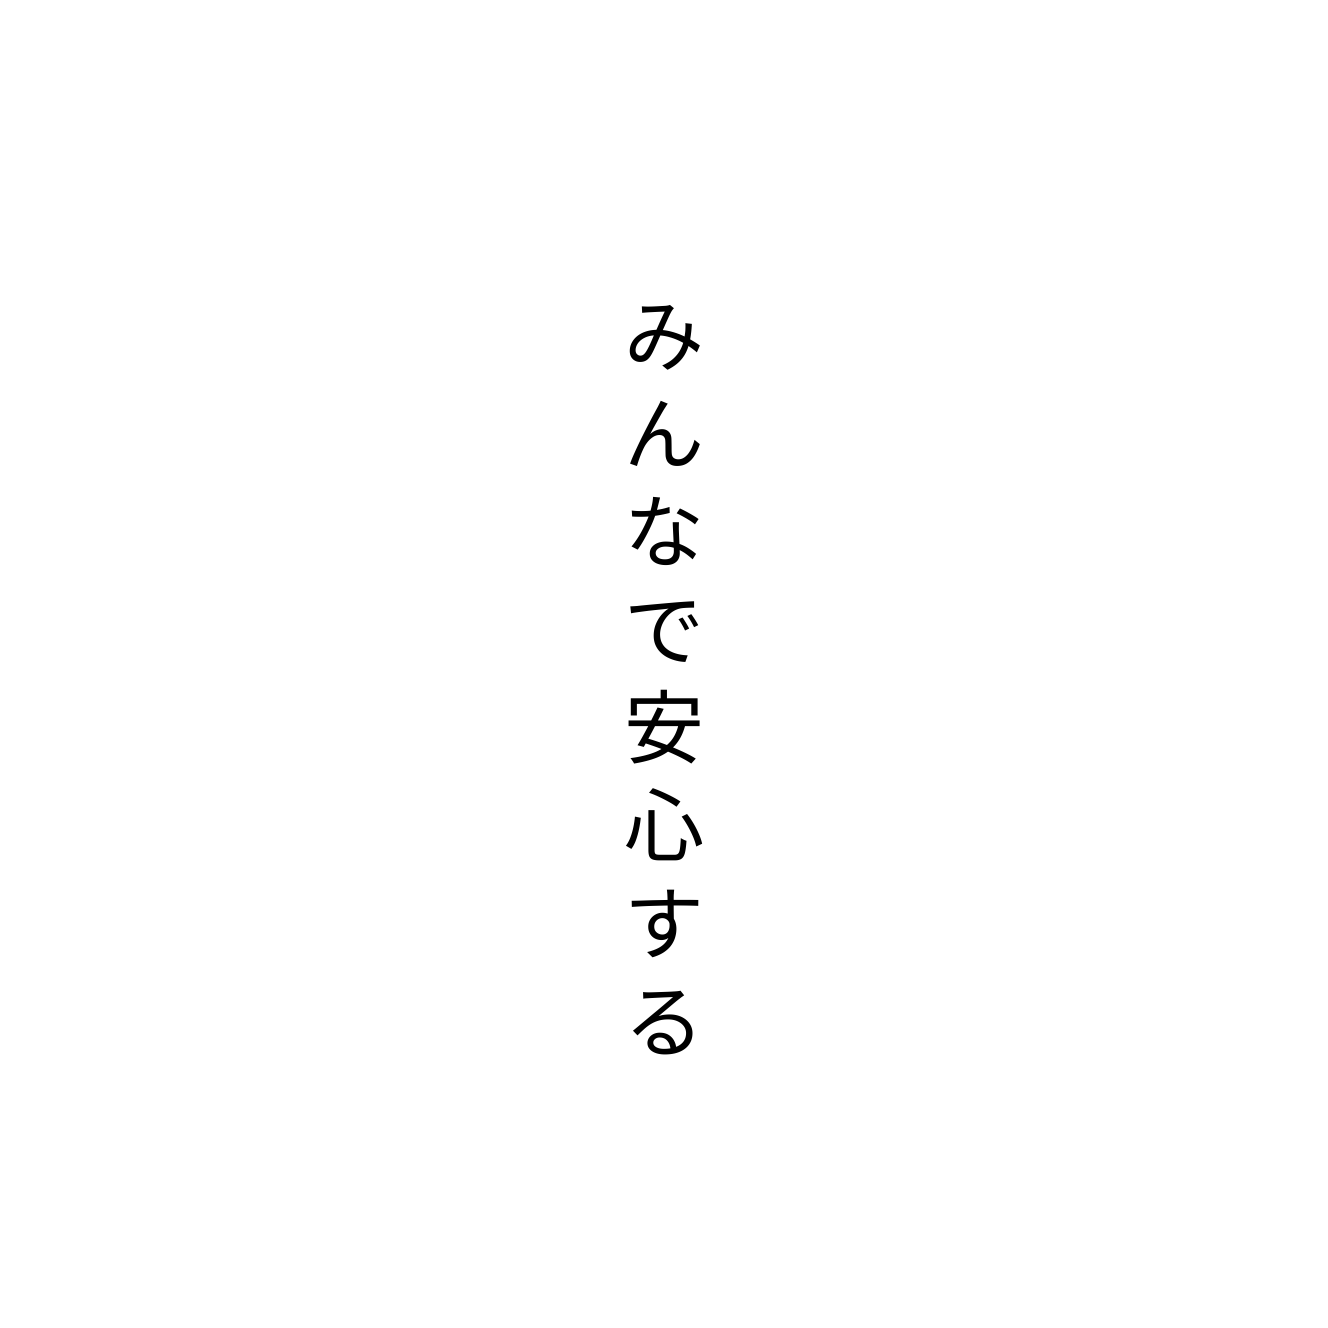
みんなで安心する